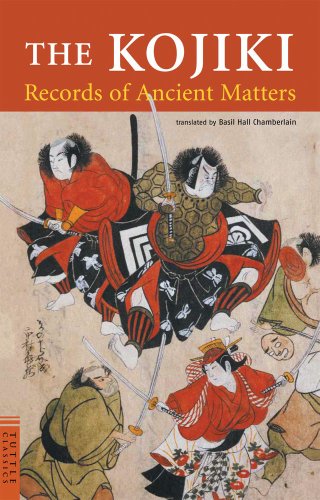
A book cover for The Kojiki: Records of Ancient Matters (Tuttle Classics); Religion & Spirituality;